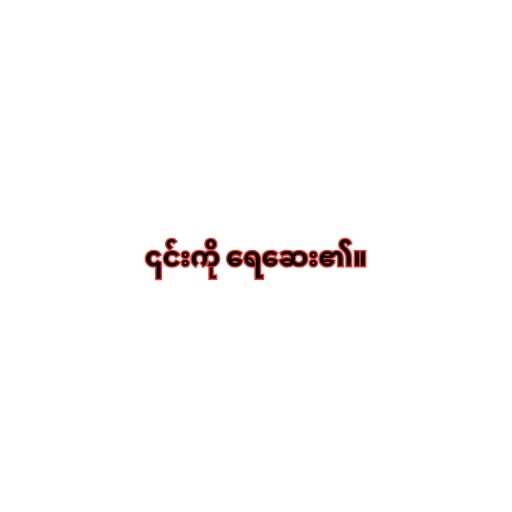
၎င်းကို ရေဆေး၏။